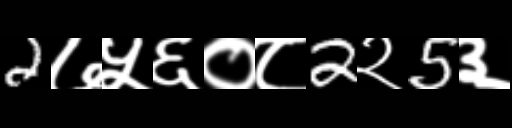
Text: 2७५६०८2२5३